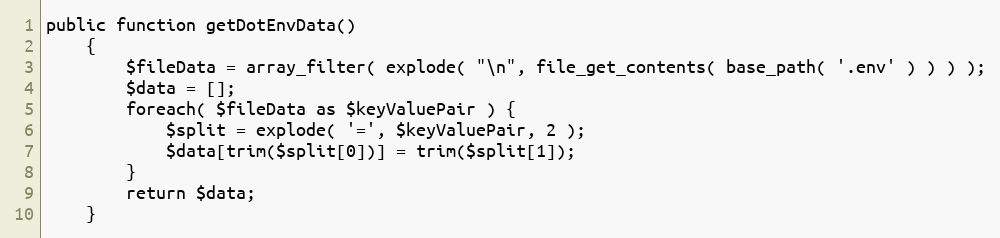
Language: PHP
public function getDotEnvData()
	{
		$fileData = array_filter( explode( "\n", file_get_contents( base_path( '.env' ) ) ) );
		$data = [];
		foreach( $fileData as $keyValuePair ) {
			$split = explode( '=', $keyValuePair, 2 );
			$data[trim($split[0])] = trim($split[1]);
		}
		return $data;
	}